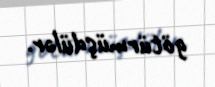
götürmüşdülər.